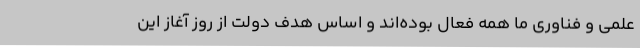
علمی و فناوری ما همه فعال بوده‌اند و اساس هدف دولت از روز آغاز این